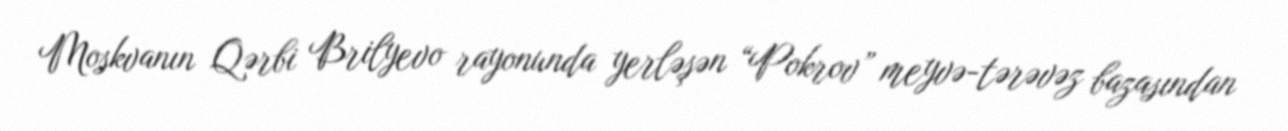
Moskvanın Qərbi Brilyevo rayonunda yerləşən “Pokrov” meyvə-tərəvəz bazasından